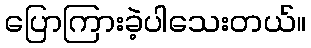
ပြောကြားခဲ့ပါသေးတယ်။